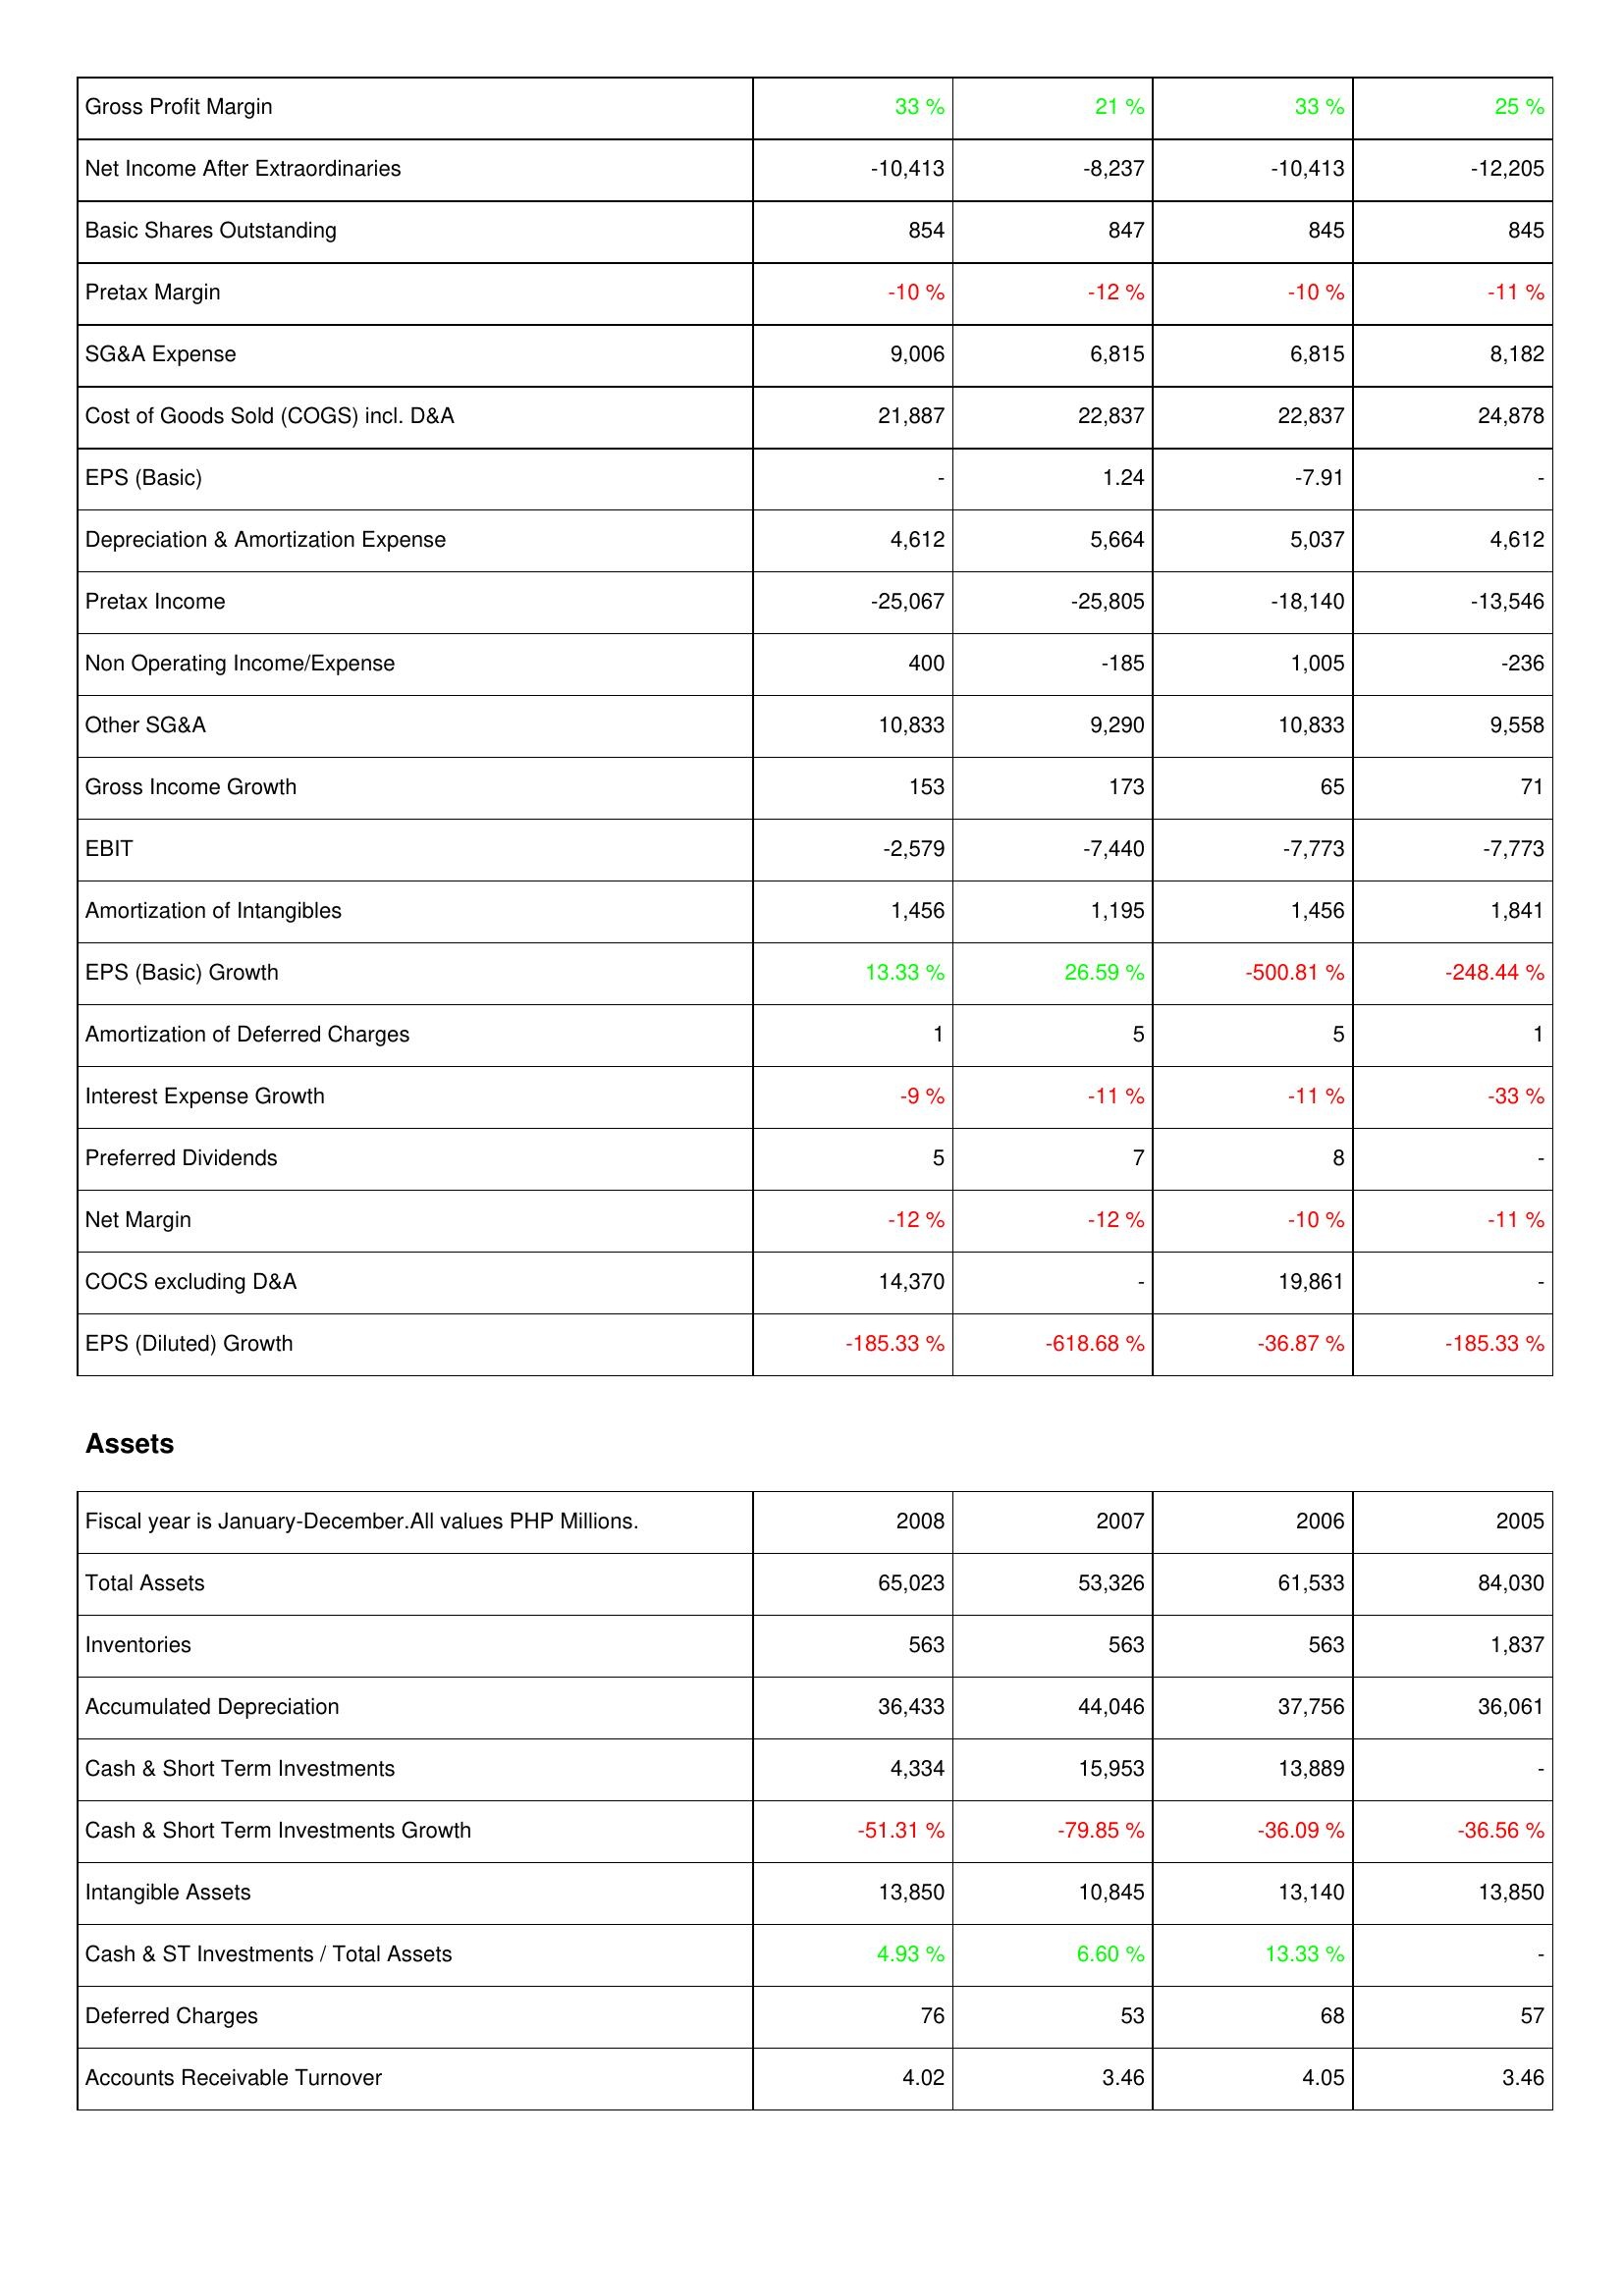
2008: Income Statement: Gross Profit Margin: 33 %
Net Income After Extraordinaries: -10,413
Basic Shares Outstanding: 854
Pretax Margin: -10 %
SG&A Expense: 9,006
Cost of Goods Sold (COGS) incl. D&A: 21,887
EPS (Basic): -
Depreciation & Amortization Expense: 4,612
Pretax Income: -25,067
Non Operating Income/Expense: 400
Other SG&A: 10,833
Gross Income Growth: 153
EBIT: -2,579
Amortization of Intangibles: 1,456
EPS (Basic) Growth: 13.33 %
Amortization of Deferred Charges: 1
Interest Expense Growth: -9 %
Preferred Dividends: 5
Net Margin: -12 %
COCS excluding D&A: 14,370
EPS (Diluted) Growth: -185.33 %
Assets: Total Assets: 65,023
Inventories: 563
Accumulated Depreciation: 36,433
Cash & Short Term Investments: 4,334
Cash & Short Term Investments Growth: -51.31 %
Intangible Assets: 13,850
Cash & ST Investments / Total Assets: 4.93 %
Deferred Charges: 76
Accounts Receivable Turnover: 4.02
2007: Income Statement: Gross Profit Margin: 21 %
Net Income After Extraordinaries: -8,237
Basic Shares Outstanding: 847
Pretax Margin: -12 %
SG&A Expense: 6,815
Cost of Goods Sold (COGS) incl. D&A: 22,837
EPS (Basic): 1.24
Depreciation & Amortization Expense: 5,664
Pretax Income: -25,805
Non Operating Income/Expense: -185
Other SG&A: 9,290
Gross Income Growth: 173
EBIT: -7,440
Amortization of Intangibles: 1,195
EPS (Basic) Growth: 26.59 %
Amortization of Deferred Charges: 5
Interest Expense Growth: -11 %
Preferred Dividends: 7
Net Margin: -12 %
COCS excluding D&A: -
EPS (Diluted) Growth: -618.68 %
Assets: Total Assets: 53,326
Inventories: 563
Accumulated Depreciation: 44,046
Cash & Short Term Investments: 15,953
Cash & Short Term Investments Growth: -79.85 %
Intangible Assets: 10,845
Cash & ST Investments / Total Assets: 6.60 %
Deferred Charges: 53
Accounts Receivable Turnover: 3.46
2006: Income Statement: Gross Profit Margin: 33 %
Net Income After Extraordinaries: -10,413
Basic Shares Outstanding: 845
Pretax Margin: -10 %
SG&A Expense: 6,815
Cost of Goods Sold (COGS) incl. D&A: 22,837
EPS (Basic): -7.91
Depreciation & Amortization Expense: 5,037
Pretax Income: -18,140
Non Operating Income/Expense: 1,005
Other SG&A: 10,833
Gross Income Growth: 65
EBIT: -7,773
Amortization of Intangibles: 1,456
EPS (Basic) Growth: -500.81 %
Amortization of Deferred Charges: 5
Interest Expense Growth: -11 %
Preferred Dividends: 8
Net Margin: -10 %
COCS excluding D&A: 19,861
EPS (Diluted) Growth: -36.87 %
Assets: Total Assets: 61,533
Inventories: 563
Accumulated Depreciation: 37,756
Cash & Short Term Investments: 13,889
Cash & Short Term Investments Growth: -36.09 %
Intangible Assets: 13,140
Cash & ST Investments / Total Assets: 13.33 %
Deferred Charges: 68
Accounts Receivable Turnover: 4.05
2005: Income Statement: Gross Profit Margin: 25 %
Net Income After Extraordinaries: -12,205
Basic Shares Outstanding: 845
Pretax Margin: -11 %
SG&A Expense: 8,182
Cost of Goods Sold (COGS) incl. D&A: 24,878
EPS (Basic): -
Depreciation & Amortization Expense: 4,612
Pretax Income: -13,546
Non Operating Income/Expense: -236
Other SG&A: 9,558
Gross Income Growth: 71
EBIT: -7,773
Amortization of Intangibles: 1,841
EPS (Basic) Growth: -248.44 %
Amortization of Deferred Charges: 1
Interest Expense Growth: -33 %
Preferred Dividends: -
Net Margin: -11 %
COCS excluding D&A: -
EPS (Diluted) Growth: -185.33 %
Assets: Total Assets: 84,030
Inventories: 1,837
Accumulated Depreciation: 36,061
Cash & Short Term Investments: -
Cash & Short Term Investments Growth: -36.56 %
Intangible Assets: 13,850
Cash & ST Investments / Total Assets: -
Deferred Charges: 57
Accounts Receivable Turnover: 3.46